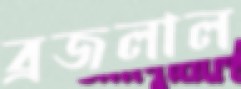
ব্রজলাল